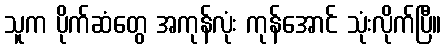
သူက ပိုက်ဆံတွေ အကုန်လုံး ကုန်အောင် သုံးလိုက်ပြီ။